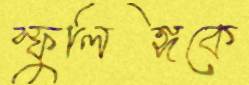
স্ফুলিঙ্গকে